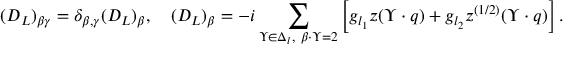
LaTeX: ( D _ { L } ) _ { \beta \gamma } = \delta _ { \beta , \gamma } ( D _ { L } ) _ { \beta } , \quad ( D _ { L } ) _ { \beta } = - i \sum _ { \Upsilon \in \Delta _ { l } , \ \beta \cdot \Upsilon = 2 } \left[ g _ { l _ { 1 } } z ( \Upsilon \cdot q ) + g _ { l _ { 2 } } z ^ { ( 1 / 2 ) } ( \Upsilon \cdot q ) \right] .